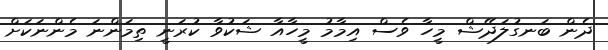
ދެން ބަނގުލަދޭޝް މީހާ ވެސް އިމާމު މީހާއާ ޝަކުވާ ކުރަނީ ތިމަންނަ މެންނަކަށް